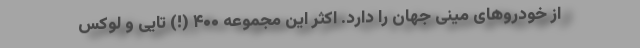
از خودروهای مینی جهان را دارد. اکثر این مجموعه‌ ۴۰۰ (!) تایی و لوکس